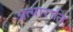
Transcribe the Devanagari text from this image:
अत्याराति